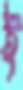
ই